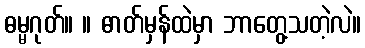
ဓမ္မဂုတ်။ ။ ဓာတ်မှန်ထဲမှာ ဘာတွေ့သတဲ့လဲ။